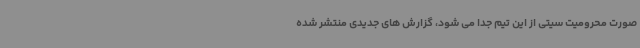
صورت محرومیت سیتی از این تیم جدا می شود، گزارش های جدیدی منتشر شده